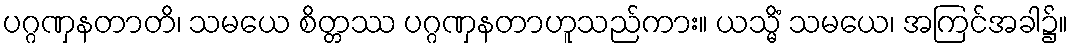
ပဂ္ဂဏှနတာတိ၊ သမယေ စိတ္တဿ ပဂ္ဂဏှနတာဟူသည်ကား။ ယသ္မိံ သမယေ၊ အကြင်အခါ၌။